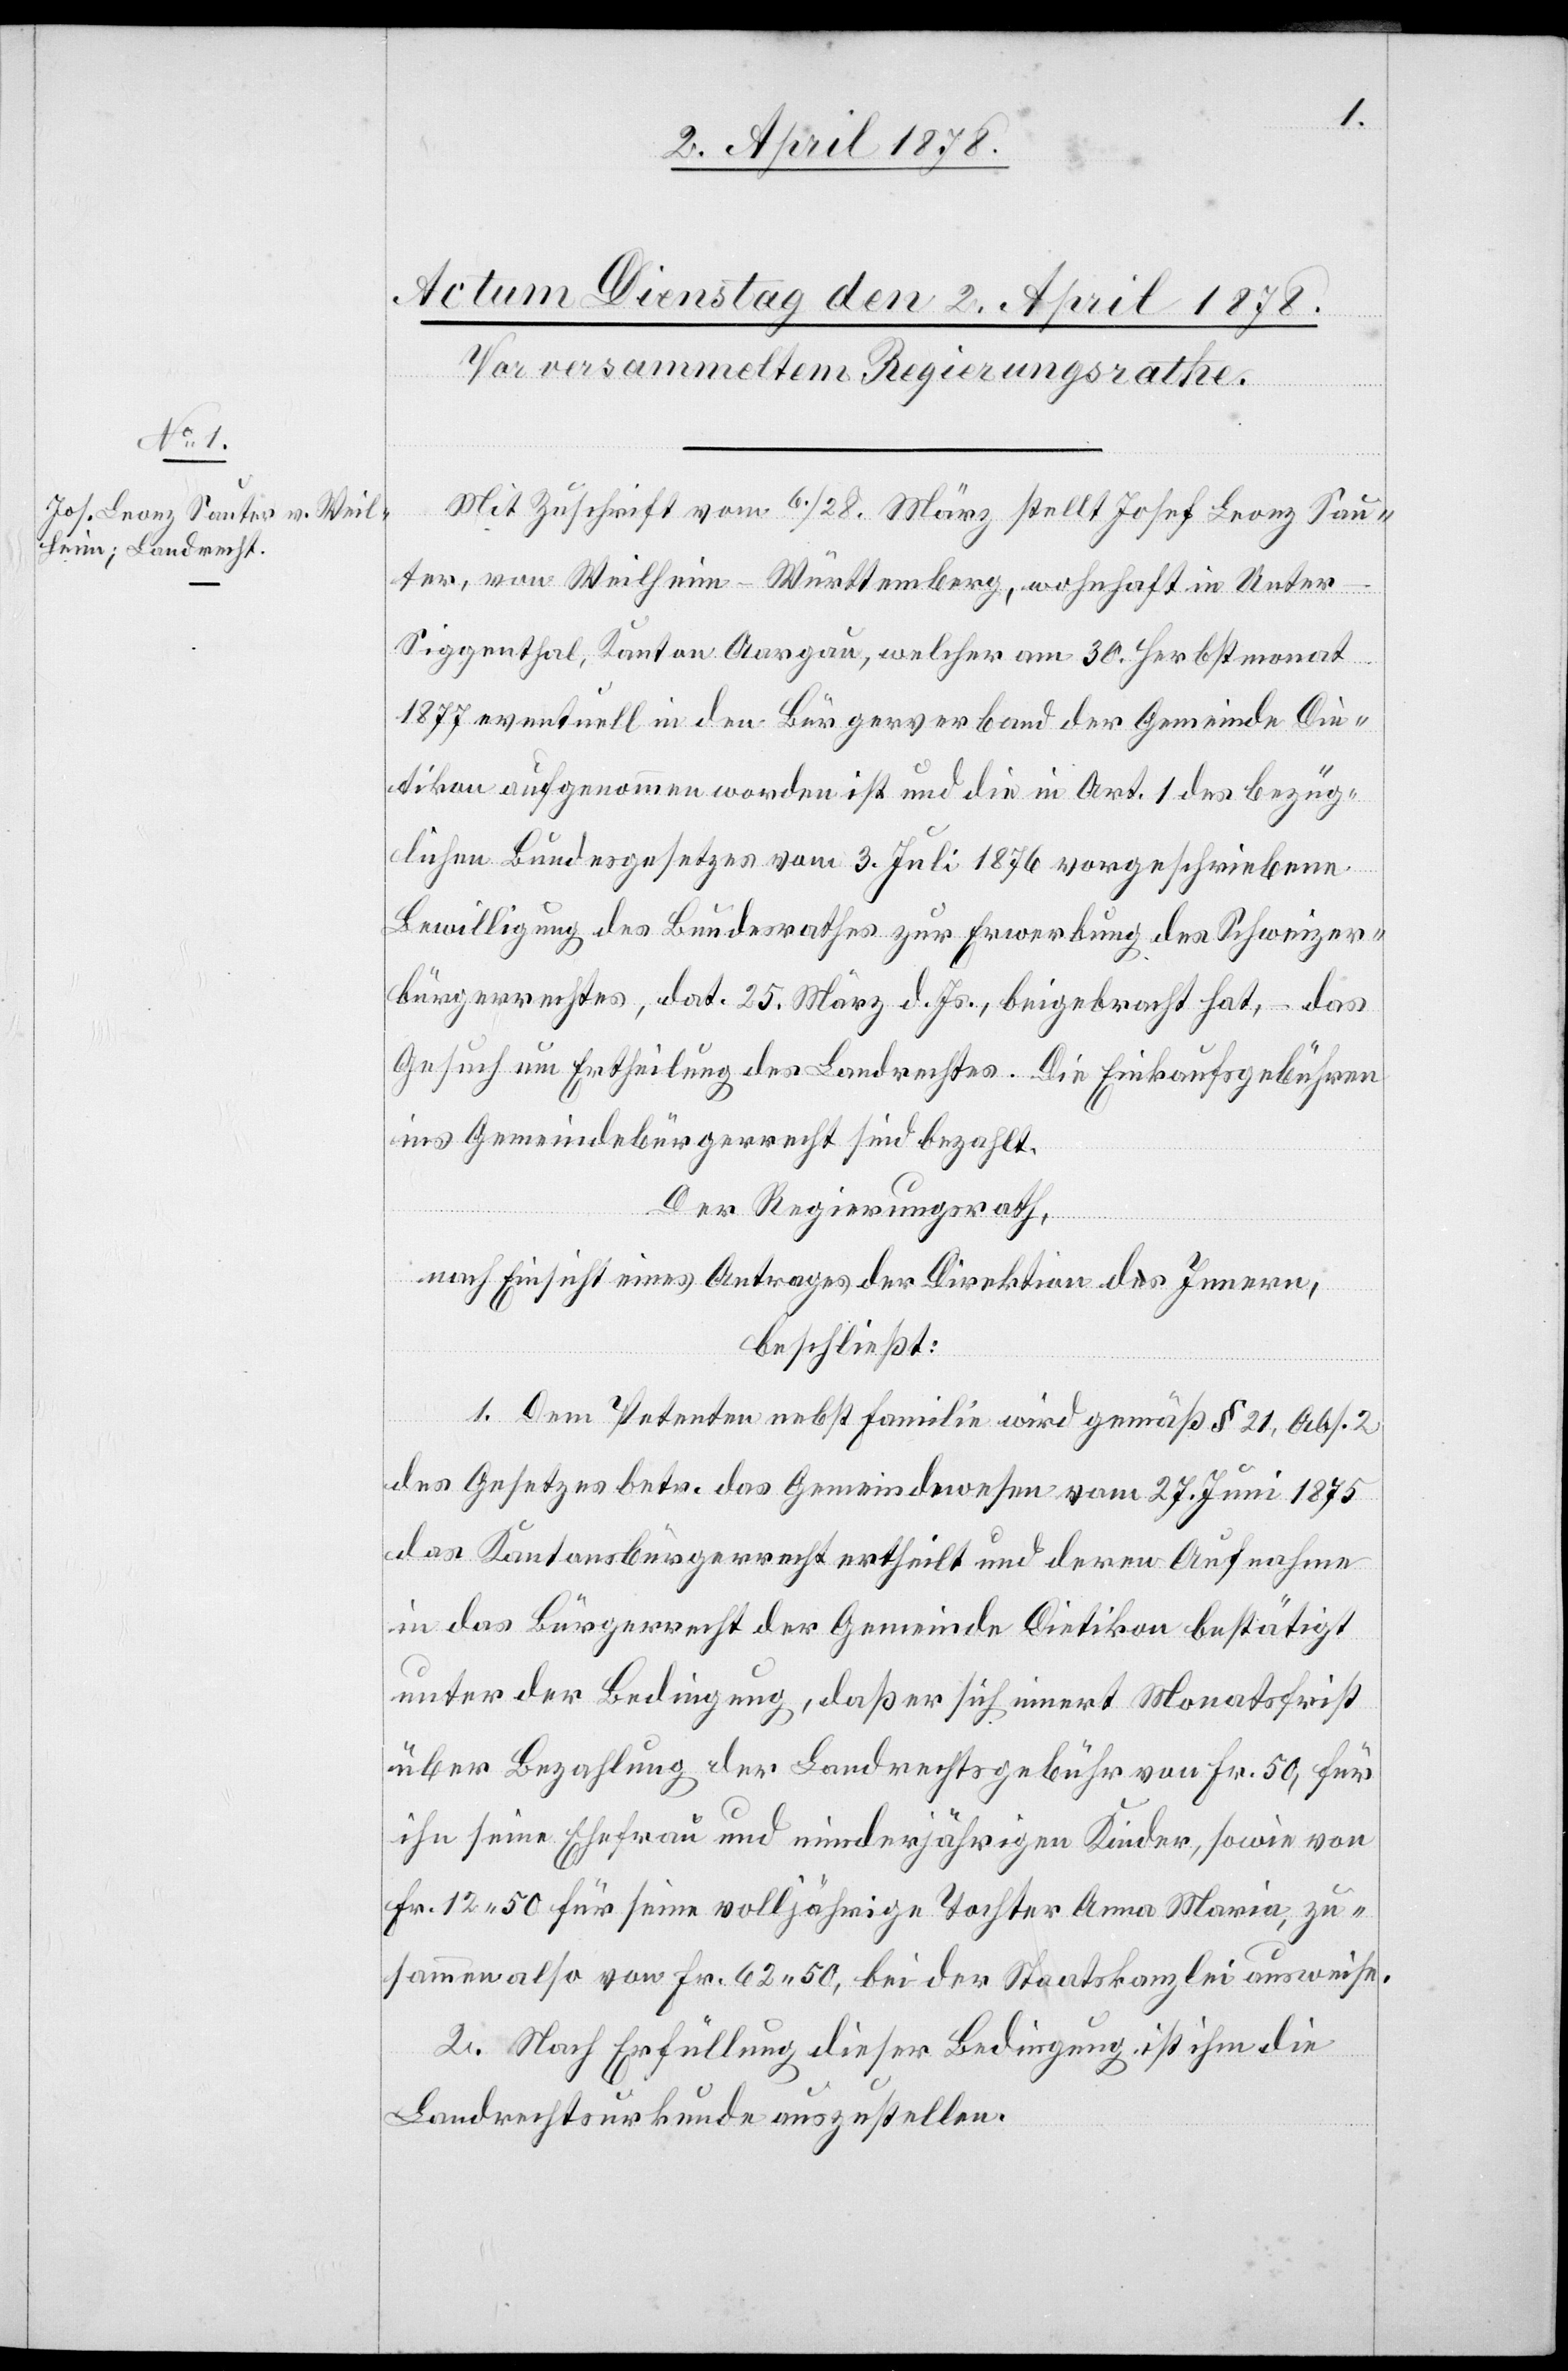
Mit Zuschrift vom 6./28. März stellt Josef Leonz Sau¬
ter, von Weilheim - Württemberg, wohnhaft in Unte¬
r-Siggenthal, Kanton Aargau, welcher am 30. Herbstmonat
1877 eventuell in den Bürgerverband der Gemeinde Die¬
tikon aufgenommen worden ist und die in Art. 1 des bezüg¬
lichen Bundesgesetzes vom 3. Juli 1876 vorgeschriebene
Bewilligung des Bundesrathes zur Erwerbung des Schweizer¬
bürgerrechtes, dat. 25. März d. Js., beigebracht hat, – das
Gesuch um Ertheilung des Landrechtes. Die Einkaufsgebühren
ins Gemeindebürgerrecht sind bezahlt.
Der Regierungsrath,
nach Einsicht eines Antrages der Direktion des Innern,
beschließt:
1. Dem Petenten nebst Familie wird gemäß § 21, Abs. 2
des Gesetzes betr. das Gemeindewesen vom 27. Juni 1875
das Kantonsbürgerrecht ertheilt und deren Aufnahme
in das Bürgerrecht der Gemeinde Dietikon bestätigt
unter der Bedingung, daß er sich innert Monatsfrist
über Bezahlung der Landrechtsgebühr von Fr. 50, für
ihn seine Ehefrau und minderjährigen Kinder, sowie von
Fr. 12.50 für seine volljährige Tochter Anna Maria, zu¬
sammen also von Fr. 62.50, bei der Staatskanzlei ausweise.
2. Nach Erfüllung dieser Bedingung ist ihm die
Landrechtsurkunde auszustellen.